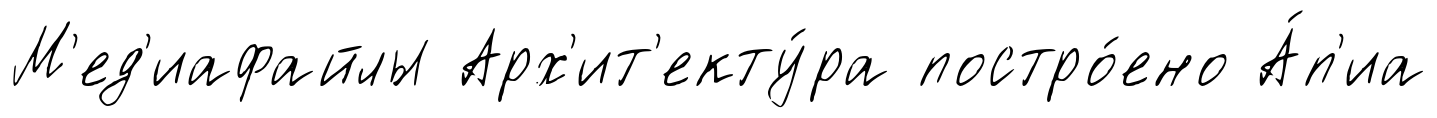
М'ед'иафайлы Арх'ит'екту́ра постро́ено А́п'иа